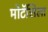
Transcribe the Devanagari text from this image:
मोटॅसिला